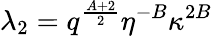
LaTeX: \lambda_{2}=q^{\frac{A+2}{2}}\eta^{-B}\kappa^{2B}